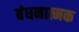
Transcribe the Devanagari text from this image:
बंधनात्मक